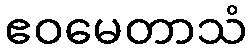
ဧဝမေတာသံ